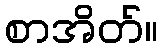
စာအိတ်။